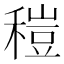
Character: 䅱